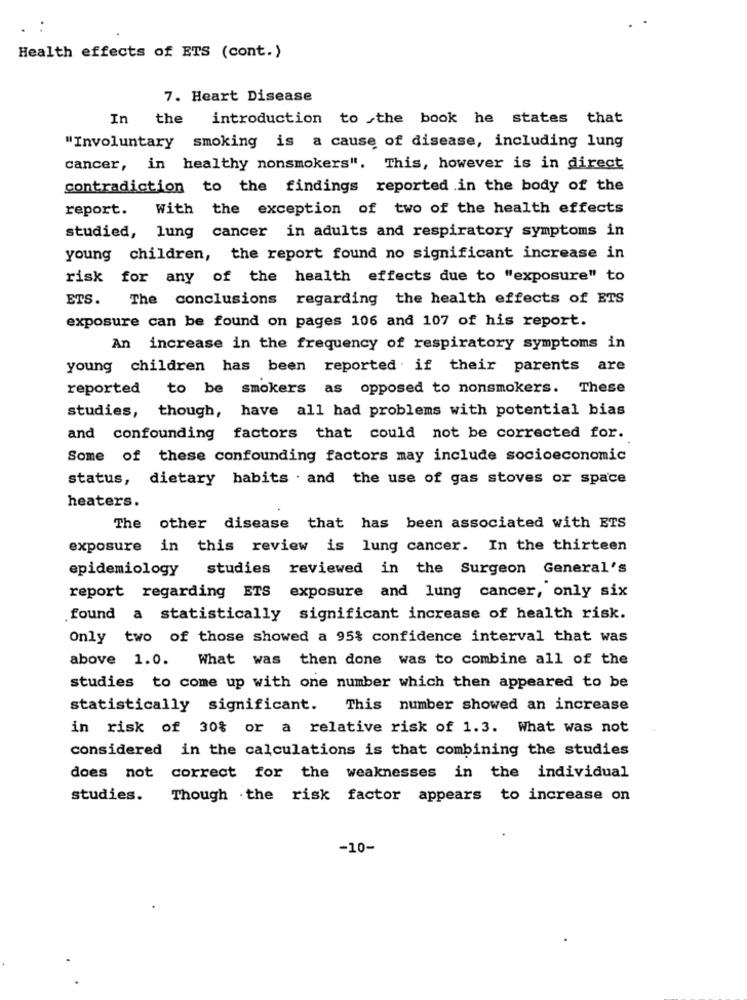
Health effects of ETS (cont.)
7. Heart Disease
In the
introduction to the book he states that
"Involuntary smoking is a cause of disease, including lung
cancer, in healthy nonsmokers". This, however is in direct
contradiction to the findings reported in the body of the
report. With the exception of two of the health effects
studied, lung cancer in adults and respiratory symptoms in
young children, the report found no significant increase in
risk for any of the health effects due to "exposure" to
ETS. The conclusions regarding the health effects of ETS
exposure can be found on pages 106 and 107 of his report.
An increase in the frequency of respiratory symptoms in
young children has been reported if their parents are
reported to be smokers as opposed to nonsmokers. These
studies, though, have all had problems with potential bias
and confounding factors that could not be corrected for.
Some of these confounding factors may include socioeconomic
status, dietary habits . and the use of gas stoves or space
heaters.
The other disease that has been associated with ETS
exposure in this review is lung cancer. In the thirteen
epidemiology studies reviewed in the Surgeon General's
report regarding ETS exposure and lung cancer, only six
found a statistically significant increase of health risk.
Only two of those showed a 95% confidence interval that was
above 1.0. What was then done was to combine all of the
studies to come up with one number which then appeared to be
statistically significant. This number showed an increase
in risk of 30% or a relative risk of 1.3. What was not
considered in the calculations is that combining the studies
does not correct for the weaknesses in the individual
studies.
Though the risk factor appears to increase on
-10-